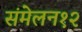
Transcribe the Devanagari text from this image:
संमेलन१२